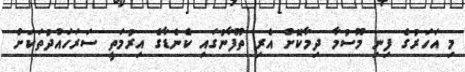
މި އަހަރުގެ ފިނި މޫސުމާ ދިމާކޮށް އެރި ތޫފާނުގައި ކެނެޑާގެ އިރުމަތީ ސަރަހައްދުތަކަށް